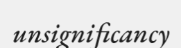
unsignificancy